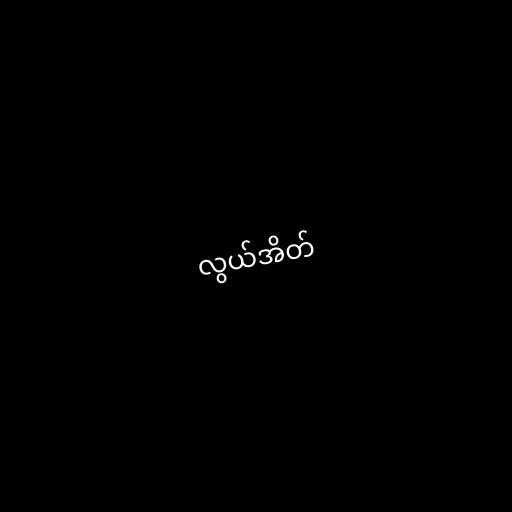
လွယ်အိတ်